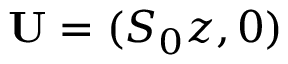
\mathbf { U } = ( S _ { 0 } z , 0 )